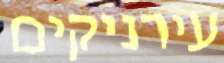
עירניקים